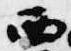
西